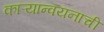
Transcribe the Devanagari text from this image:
काऱ्यान्वयनाची